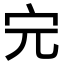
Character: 𡧉